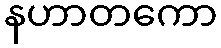
နဟာတကော